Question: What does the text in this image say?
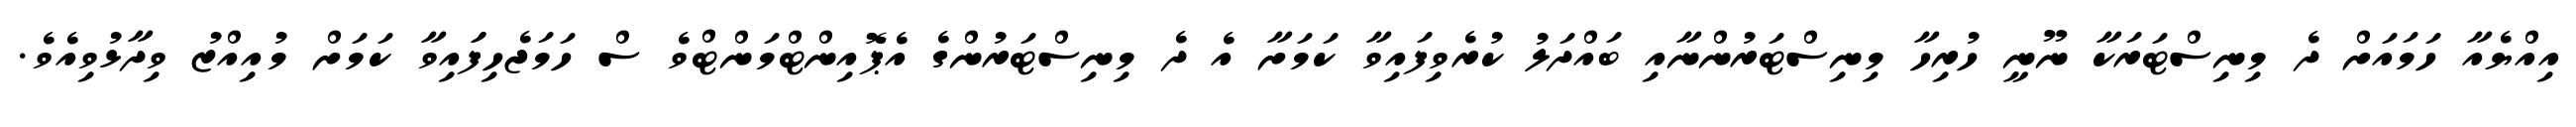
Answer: އިއްޔެއާ ހަމައަށް ދެ މިނިސްޓަރަކާ ނޫނީ ހުރިހާ މިނިސްޓަރުންނާއި ބައްދަލު ކުރެވިފައިވާ ކަމަށާ އެ ދެ މިނިސްޓަރުންގެ އެޕޮއިންޓްމަންޓްވެ ސް ހަމަޖެހިފަައިވާ ކަމަށް މުއިއްޒު ވިދާޅުވިއެވެ.